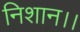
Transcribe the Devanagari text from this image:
निशान।।